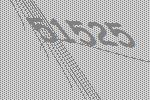
51525